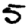
Digit: 5